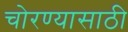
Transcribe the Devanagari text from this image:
चोरण्यासाठी